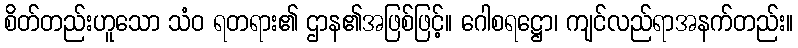
စိတ်တည်းဟူသော သံဝ ရတရား၏ ဌာန၏အဖြစ်ဖြင့်။ ဂေါစရဋ္ဌော၊ ကျင်လည်ရာအနက်တည်း။